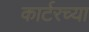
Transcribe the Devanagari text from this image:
कार्टरच्या